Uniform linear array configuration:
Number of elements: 16
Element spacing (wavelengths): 0.25
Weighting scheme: cosine
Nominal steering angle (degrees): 45
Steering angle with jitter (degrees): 46.789
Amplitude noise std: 0.05
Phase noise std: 0.05

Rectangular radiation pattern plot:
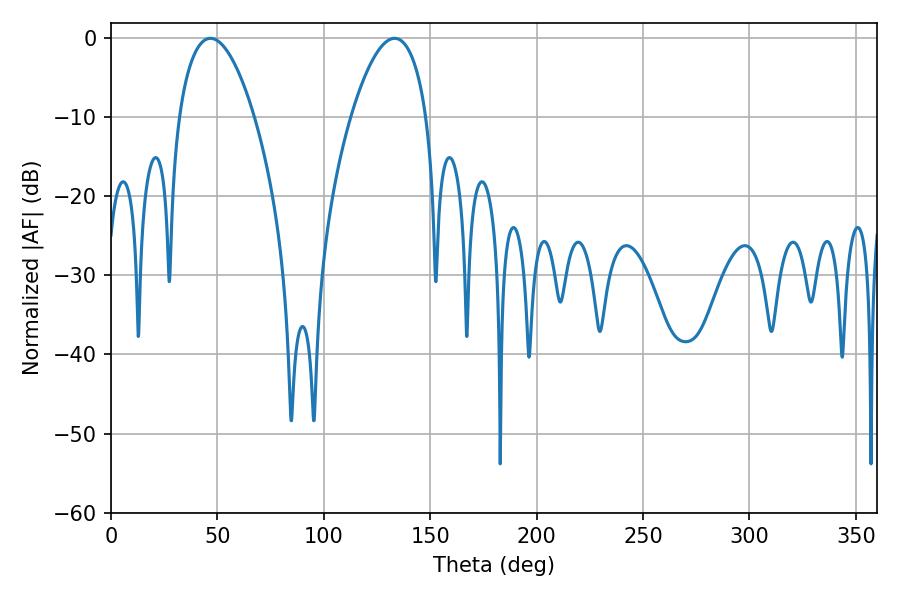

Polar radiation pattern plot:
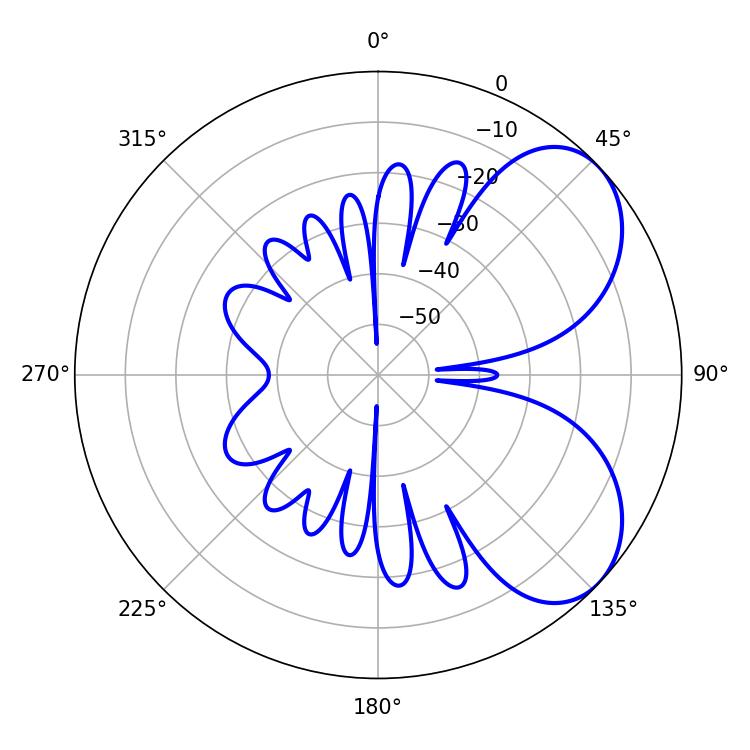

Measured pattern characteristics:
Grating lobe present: FALSE
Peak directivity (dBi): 5.672
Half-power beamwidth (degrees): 19.8
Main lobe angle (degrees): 46.8